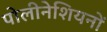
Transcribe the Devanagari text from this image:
पोलीनेशियनों